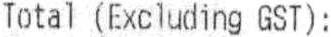
TOTAL (EXCLUDING GST) :